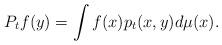
LaTeX: \begin{align*}P_t f (y) = \int f(x) p_t(x,y) d\mu(x) .\end{align*}